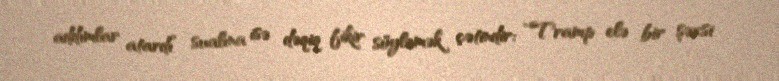
addımlar atardı” sualına isə dəqiq fikir söyləmək çətindir: “Tramp elə bir şəxsi